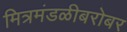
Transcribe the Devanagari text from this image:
मित्रमंडळीबरोबर